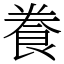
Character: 飬